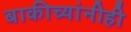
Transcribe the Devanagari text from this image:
बाकीच्यांनीही